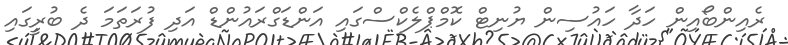
ރެއިންބޯއިން ހަދާ ހައުސިން ޔުނިޓް ކޮމްޕްލެކްސްގައި އަންޑަގްރައުންޑް އަދި ފުރަތަމަ ދެ ބުރީގައި